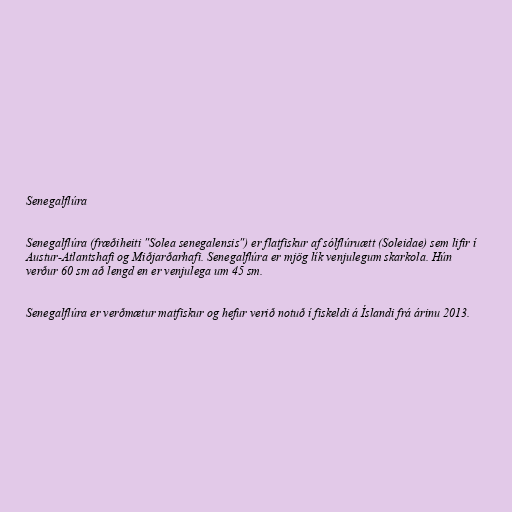
Senegalflúra

Senegalflúra (fræðiheiti "Solea senegalensis") er flatfiskur af sólflúruætt (Soleidae) sem lifir í
Austur-Atlantshafi og Miðjarðarhafi. Senegalflúra er mjög lík venjulegum skarkola. Hún
verður 60 sm að lengd en er venjulega um 45 sm.

Senegalflúra er verðmætur matfiskur og hefur verið notuð í fiskeldi á Íslandi frá árinu 2013.